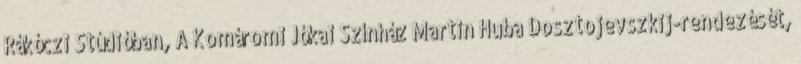
Rákóczi Stúdióban, A Komáromi Jókai Színház Martin Huba Dosztojevszkij-rendezését,